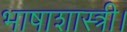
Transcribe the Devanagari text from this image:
भाषाशास्त्री।